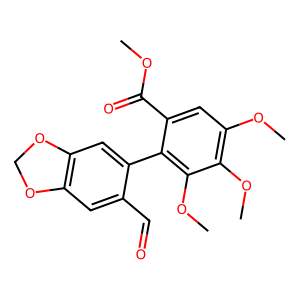
SMILES: COC(=O)c1cc(OC)c(OC)c(OC)c1-c1cc2c(cc1C=O)OCO2
Inhibits HIV replication: No